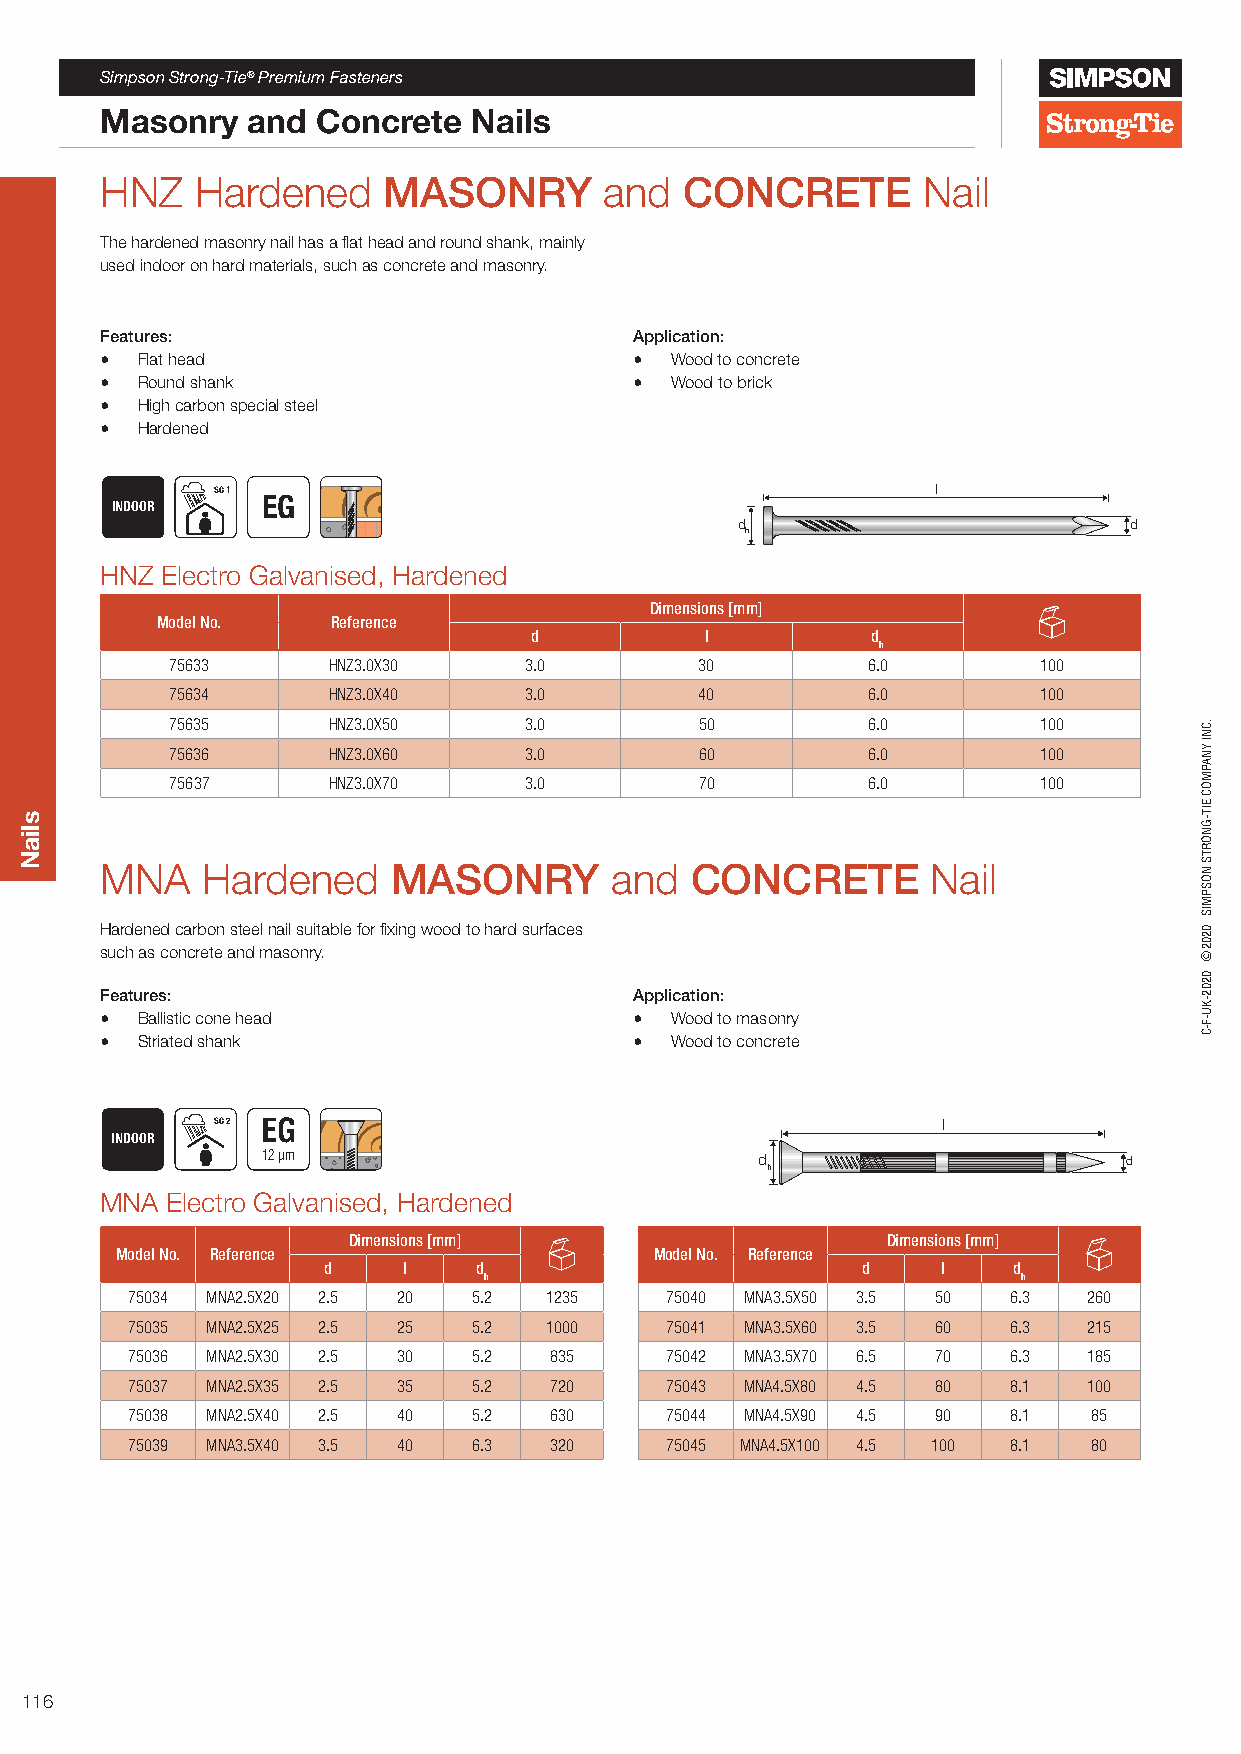
Simpson Strong-Tie® Premium Fasteners
 Masonry  and  Concrete  Nails
 HNZ   Hardened    MASONRY        and  CONCRETE        Nail
 The hardened masonry nail has a flat head and round shank, mainly
 used indoor on hard materials, such as concrete and masonry.
 Features:                          Application:
 • Flat head                        • Wood to concrete
 • Round shank                      • Wood to brick
 • High carbon special steel
 • Hardened
 SC 1                                            l
 EG
 INDOOR
 d                         d
 h
 HNZ Electro Galvanised, Hardened
 Dimensions [mm]
 Model No.   Reference
 d           l          d
 h
 75633      HNZ3.0X30    3.0        30         6.0         100
 75634      HNZ3.0X40    3.0        40         6.0         100
 75635      HNZ3.0X50    3.0        50         6.0         100
 75636      HNZ3.0X60    3.0        60         6.0         100
 75637      HNZ3.0X70    3.0        70         6.0         100
 MNA   Hardened     MASONRY       and   CONCRETE        Nail
 Hardened carbon steel nail suitable for fixing wood to hard surfaces
 such as concrete and masonry.
 Features:                          Application:
 • Ballistic cone head              • Wood to masonry
 • Striated shank                   • Wood to concrete
 SC 2 EG                                         l
 INDOOR
 12 µm                            d                       d
 h
 MNA Electro Galvanised, Hardened
 Dimensions [mm]                     Dimensions [mm]
 Model No. Reference                Model No. Reference
 d     l   d                         d    l    d
 h                                   h
 75034 MNA2.5X20 2.5 20 5.2  1235    75040 MNA3.5X50 3.5 50 6.3  260
 75035 MNA2.5X25 2.5 25 5.2  1000    75041 MNA3.5X60 3.5 60 6.3  215
 75036 MNA2.5X30 2.5 30 5.2  835     75042 MNA3.5X70 6.5 70 6.3  185
 75037 MNA2.5X35 2.5 35 5.2  720     75043 MNA4.5X80 4.5 80 8.1  100
 75038 MNA2.5X40 2.5 40 5.2  630     75044 MNA4.5X90 4.5 90 8.1  85
 75039 MNA3.5X40 3.5 40 6.3  320     75045 MNA4.5X100 4.5 100 8.1 80
 116
 sliaN
 .CNI
 YNAPMOC
 EIT-GNORTS
 NOSPMIS
 0202©
 0202-KU-F-C